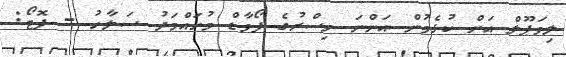
ލިވަޕޫލް އަށް ކުޅެމުން އަންނަ މިސްރުގެ ފޯވާޑް މުހައްމަދު ސަލާހު - ފޮޓޯ: